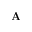
\mathbf { A }